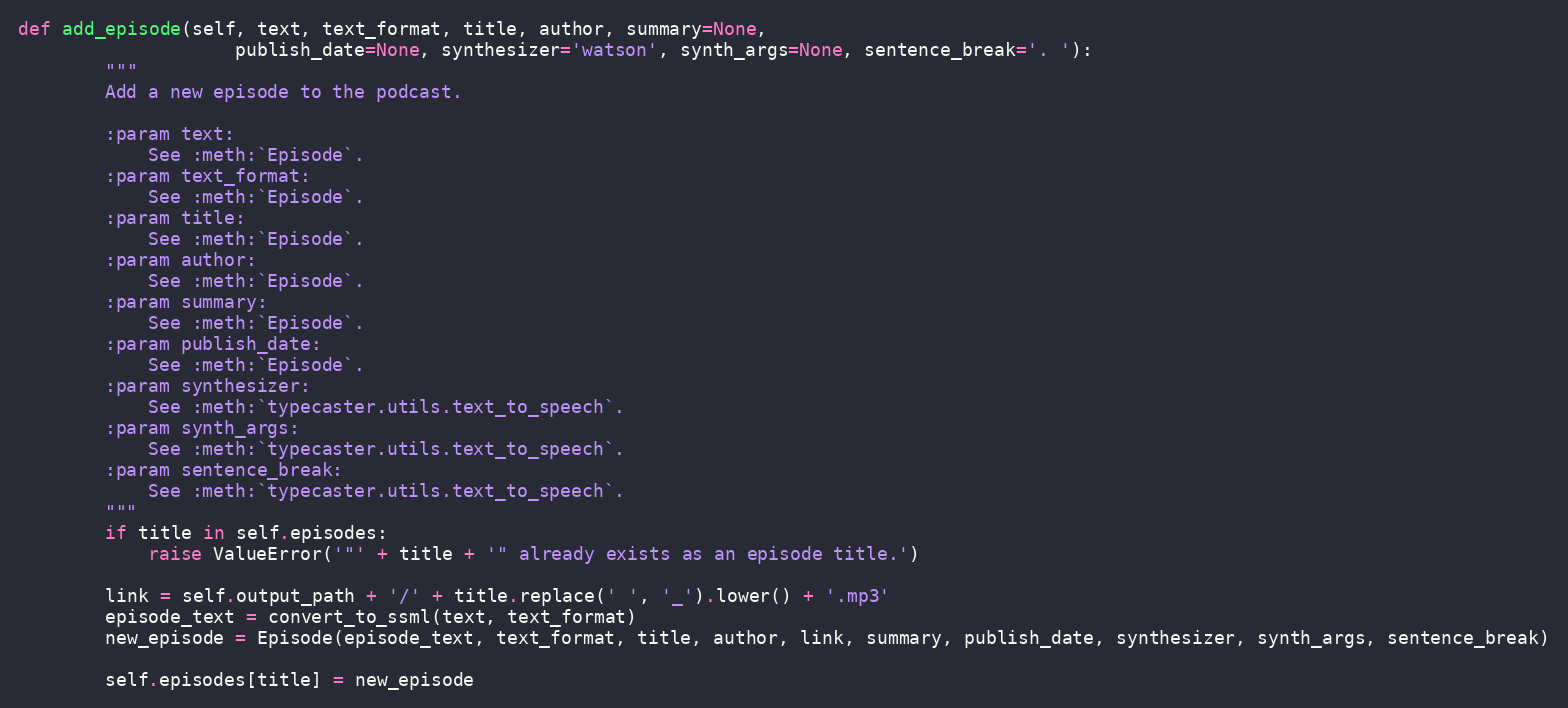
Language: Python
def add_episode(self, text, text_format, title, author, summary=None,
                    publish_date=None, synthesizer='watson', synth_args=None, sentence_break='. '):
        """
        Add a new episode to the podcast.

        :param text:
            See :meth:`Episode`.
        :param text_format:
            See :meth:`Episode`.
        :param title:
            See :meth:`Episode`.
        :param author:
            See :meth:`Episode`.
        :param summary:
            See :meth:`Episode`.
        :param publish_date:
            See :meth:`Episode`.
        :param synthesizer:
            See :meth:`typecaster.utils.text_to_speech`.
        :param synth_args:
            See :meth:`typecaster.utils.text_to_speech`.
        :param sentence_break:
            See :meth:`typecaster.utils.text_to_speech`.
        """
        if title in self.episodes:
            raise ValueError('"' + title + '" already exists as an episode title.')

        link = self.output_path + '/' + title.replace(' ', '_').lower() + '.mp3'
        episode_text = convert_to_ssml(text, text_format)
        new_episode = Episode(episode_text, text_format, title, author, link, summary, publish_date, synthesizer, synth_args, sentence_break)

        self.episodes[title] = new_episode